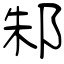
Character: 邾